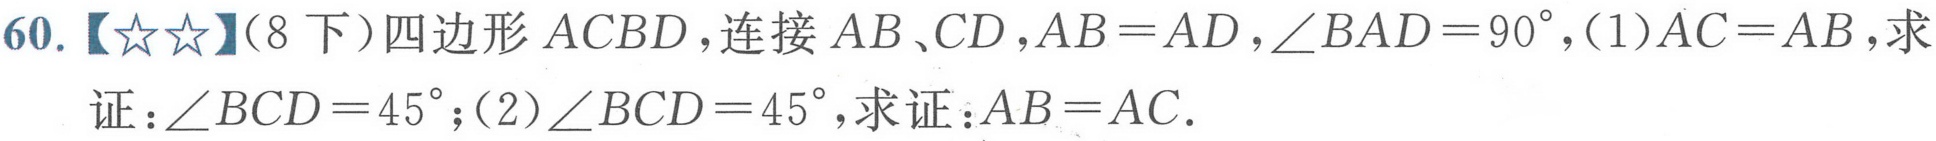
60.【★★】(8下）四边形 \(ACBD\), 连接 \(AB\)、\(CD\), \(AB = AD\), \(\angle BAD = 90^{\circ}\), (1)\(AC = AB\), 求
证：\(\angle BCD = 45^{\circ}\); (2)\(\angle BCD = 45^{\circ}\), 求证：\(AB = AC\).